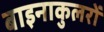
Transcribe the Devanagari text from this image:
बाइनाकुलरों